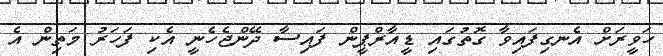
ހަވީރަށް އެނގިފައިވާ ގޮތުގައި ޑީއާރްޕީން ފައިސާ ދޭންޖެހެނީ އެކި ފަހަރު މަތިން އެ